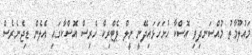
މައުލޫމާތު މުއްސަނދިވި އޮސްކާ ހުށަހަޅައިދޭނީ ނީލް ޕެޓްރިކް ހެރިސް އޮސްކާގައި އެލެން ޑިޖެނެރެސް